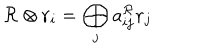
{ \cal R } \otimes { \bf r } _ { i } = \bigoplus _ { j } a _ { i j } ^ { \cal R } { \bf r } _ { j }